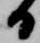
日